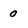
Character: 0